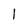
Character: l